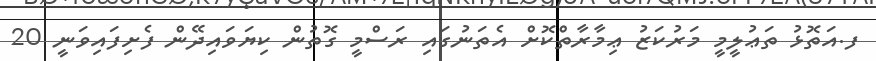
ފ.އަތޮޅު ތަޢުލީމީ މަރުކަޒު ޢިމާރާތްކޮށް އެތަނުގައި ރަސްމީ ގޮތުން ކިޔަވައިދޭން ފެށިފައިވަނީ 20